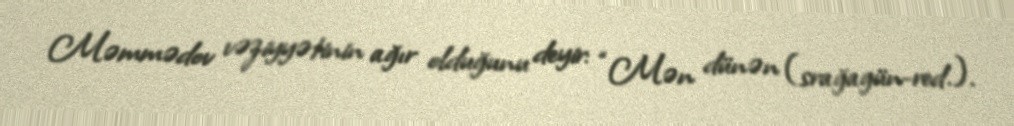
Məmmədov vəziyyətinin ağır olduğunu deyir: “Mən dünən (srağagün-red.).